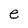
Character: e